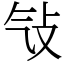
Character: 㪂